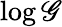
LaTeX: \log\mathscr{G}